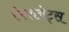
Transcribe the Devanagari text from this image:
फिशनेट्स